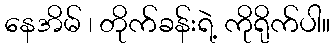
နေအိမ် ၊ တိုက်ခန်းရဲ့ ကိုရိုက်ပါ။